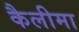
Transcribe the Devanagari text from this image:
कैलीमा